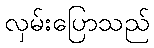
လှမ်းပြောသည်